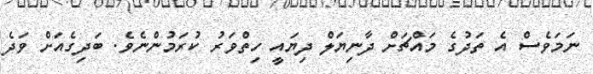
ނަމަވެސް އެ ތަދުގެ މައްޗަށް ދާނިޔަލް ދިޔައީ ހިތްވަރު ކުރަމުންނެވެ. ބަދިގެއަށް ވަދެ